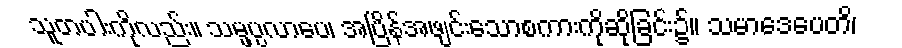
သူတပါးကိုလည်း။ သမ္ဖပ္ပလာပေ၊ အပြိန်အဖျင်းသောစကားကိုဆိုခြင်း၌။ သမာဒေပေတိ၊